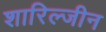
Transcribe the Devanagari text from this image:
शारिल्जीन